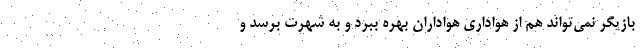
بازیگر نمی‌تواند هم از هواداری هواداران بهره ببرد و به شهرت برسد و